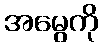
အမွေကို